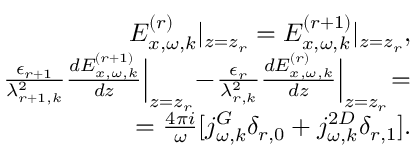
\begin{array} { r } { E _ { x , \omega , k } ^ { ( r ) } | _ { z = z _ { r } } = E _ { x , \omega , k } ^ { ( r + 1 ) } | _ { z = z _ { r } } , } \\ { \frac { \epsilon _ { r + 1 } } { \lambda _ { r + 1 , k } ^ { 2 } } \frac { d E _ { x , \omega , k } ^ { ( r + 1 ) } } { d z } \Big | _ { z = z _ { r } } \! - \! \frac { \epsilon _ { r } } { \lambda _ { r , k } ^ { 2 } } \frac { d E _ { x , \omega , k } ^ { ( r ) } } { d z } \Big | _ { z = z _ { r } } \! = } \\ { = \frac { 4 \pi i } { \omega } [ j _ { \omega , k } ^ { G } \delta _ { r , 0 } + j _ { \omega , k } ^ { 2 D } \delta _ { r , 1 } ] . } \end{array}